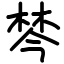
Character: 棽